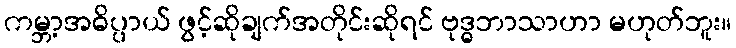
ကမ္ဘာ့အဓိပ္ပာယ် ဖွင့်ဆိုချက်အတိုင်းဆိုရင် ဗုဒ္ဓဘာသာဟာ မဟုတ်ဘူး။